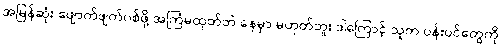
အမြန်ဆုံး ဖျောက်ဖျက်ပစ်ဖို့ အကြံမထုတ်ဘဲ နေမှာ မဟုတ်ဘူး ဒါကြောင့် သူက ပန်းပင်တွေကို